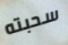
سحبته